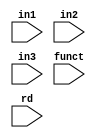
module mux
(
	input   [31:0]	in1, in2, in3,
    	input   [5:0]	funct,
    	input	[4:0]	rd
);

	always@ (*) begin
		case (funct)
			6'b100000: begin
				glob.r[rd] = in1;
			end
			6'b100010: begin
				glob.r[rd] = in2;
			end
			6'b000010: begin
				glob.r[rd] = in3;
			end
		endcase
	end

endmodule